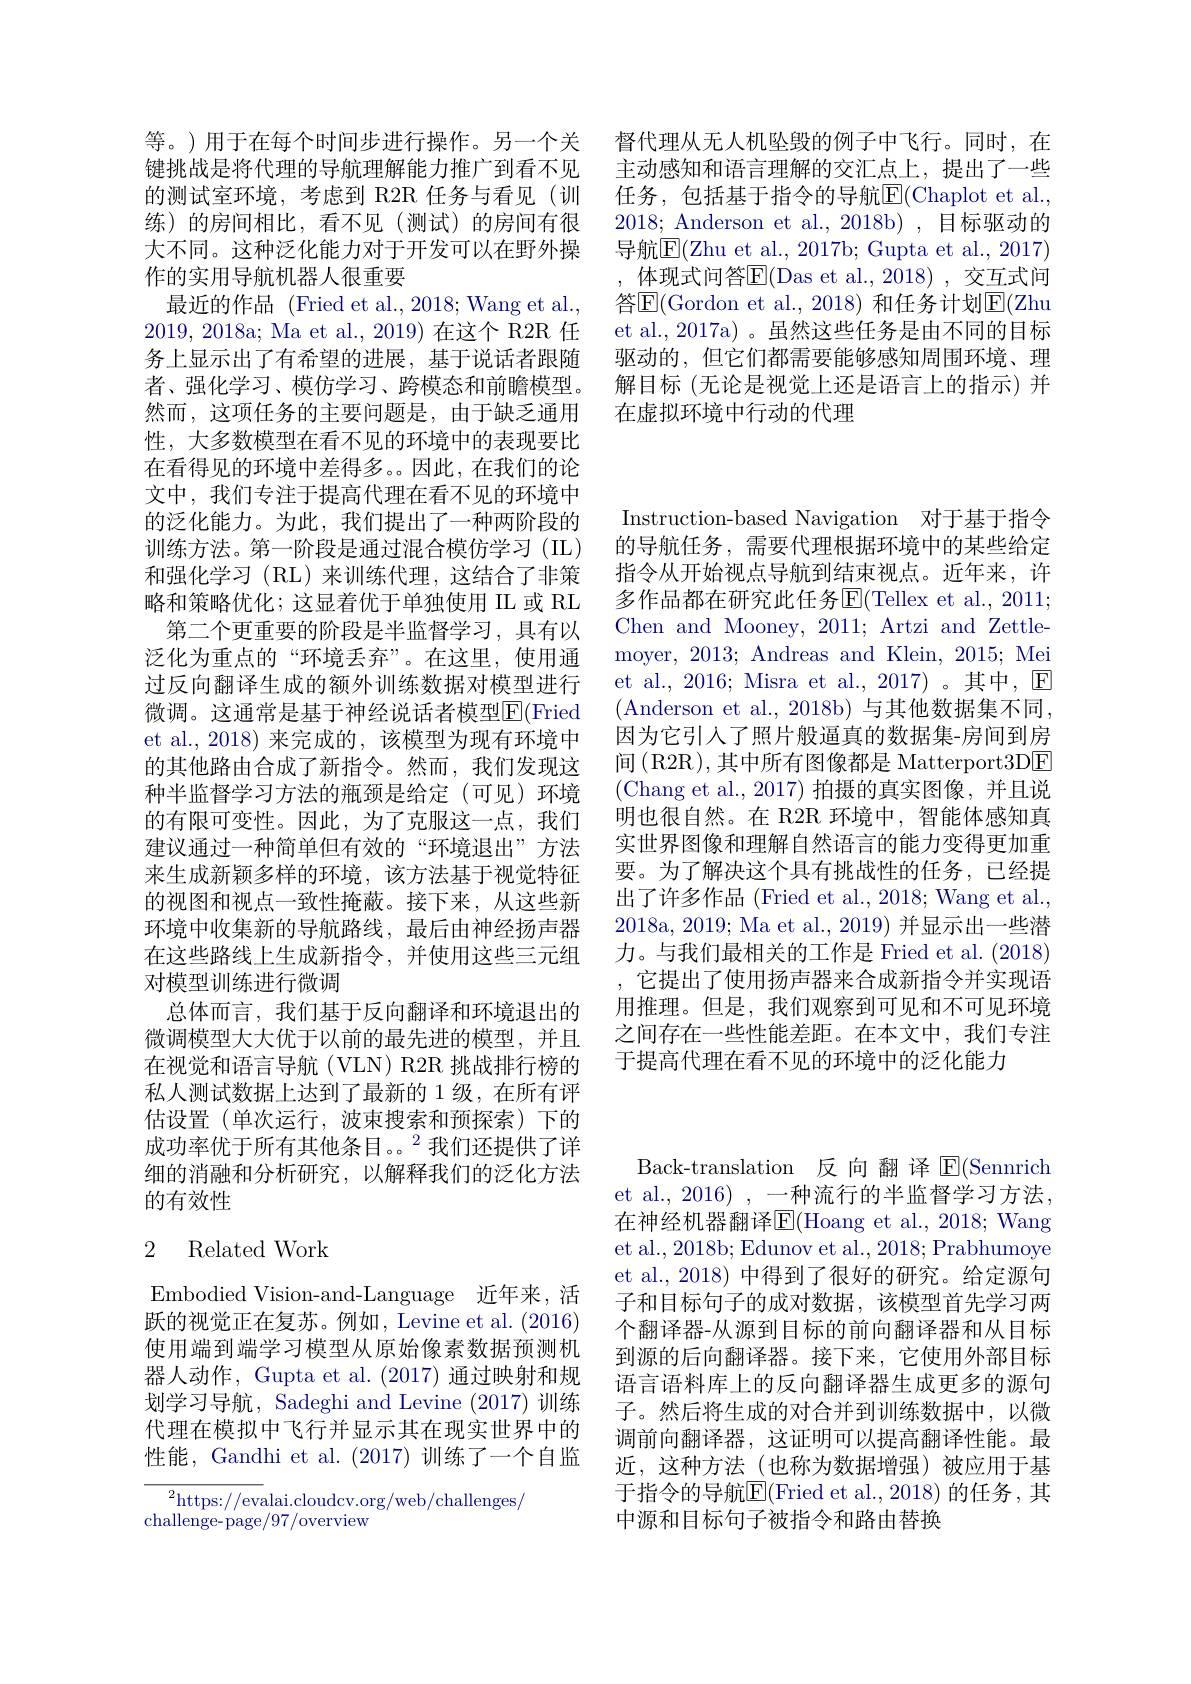
督代理从无人机坠毁的例子中飞行。同时，在主动感知和语言理解的交汇点上，提出了一些任务，包括基于指令的导航$\overline{\mathrm{E}}($Chaplot et al., 2018; Anderson et al., 2018b) , 目标驱动的导航$\overline{\mathrm{E}}($Zhu et al., 2017b; Gupta et al., 2017)
体现式问答$\overline{\mathrm{E}}($Das et al.,2018),交互式间答$\overline{\mathrm{E}}($Gordon et al., 2018) 和任务计划$\overline{\mathrm{E}}($Zhu et al., 2017a) 。虽然这些任务是由不同的目标驱动的，但它们都需要能够感知周围环境、理解目标(无论是视觉上还是语言上的指示)并在虚拟环境中行动的代理

等。)用于在每个时间步进行操作。另一个关键挑战是将代理的导航理解能力推广到看不见的测试室环境，考虑到 R2R 任务与看见 (训练)的房间相比，看不见(测试)的房间有很大不同。这种泛化能力对于开发可以在野外操作的实用导航机器人很重要
最近的作品 (Fried et al., 2018; Wang et al., 2019, 2018a; Ma et al., 2019) 在这个 R2R 任务上显示出了有希望的进展，基于说话者跟随者、强化学习、模仿学习、跨模态和前瞻模型。然而，这项任务的主要问题是，由于缺乏通用性，大多数模型在看不见的环境中的表现要比在看得见的环境中差得多。。因此，在我们的论文中，我们专注于提高代理在看不见的环境中的泛化能力。为此，我们提出了一种两阶段的训练方法。第一阶段是通过混合模仿学习(IL) 和强化学习(RL)来训练代理，这结合了非策略和策略优化；这显着优于单独使用 IL 或 RL
第二个更重要的阶段是半监督学习，具有以泛化为重点的“环境丢弃”。在这里，使用通过反向翻译生成的额外训练数据对模型进行微调。这通常是基于神经说话者模型$\overline{\mathrm{E}}($Fried et al., 2018) 来完成的，该模型为现有环境中的其他路由合成了新指令。然而，我们发现这种半监督学习方法的瓶颈是给定(可见)环境的有限可变性。因此，为了克服这一点，我们建议通过一种简单但有效的“环境退出”方法来生成新颖多样的环境，该方法基于视觉特征的视图和视点一致性掩蔽。接下来，从这些新环境中收集新的导航路线，最后由神经扬声器在这些路线上生成新指令，并使用这些三元组对模型训练进行微调
总体而言，我们基于反向翻译和环境退出的微调模型大大优于以前的最先进的模型，并且在视觉和语言导航(VLN) R2R 挑战排行榜的私人测试数据上达到了最新的 1 级，在所有评估设置(单次运行，波束搜索和预探索)下的成功率优于所有其他条目。。$^{2}$我们还提供了详细的消融和分析研究，以解释我们的泛化方法的有效性

### 2 Related Work

Embodied Vision-and-Language 近年来，活跃的视觉正在复苏。例如，Levine et al. (2016) 使用端到端学习模型从原始像素数据预测机器人动作，Gupta et al. (2017) 通过映射和规划学习导航，Sadeghi and Levine (2017)训练代理在模拟中飞行并显示其在现实世界中的性能，Gandhi et al. (2017)训练了一个自监

${}_{\mathrm{u}}^{2}$https://evalai.cloudcv.org/web/challenges/
challenge-page/97/overview

Instruction-based Navigation 对于基于指令的导航任务，需要代理根据环境中的某些给定指令从开始视点导航到结束视点。近年来，许多作品都在研究此任务E(Tellex et al., 2011; Chen and Mooney, 2011; Artzi and Zettlemoyer, 2013; Andreas and Klein, 2015; Mei et al., 2016; Misra et al., 2017) 。其中，$\mathbb{E}$ (Anderson et al., 2018b) 与其他数据集不同， 因为它引入了照片般逼真的数据集-房间到房间 (R2R), 其中所有图像都是 Matterport3DE (Chang et al., 2017) 拍摄的真实图像，并且说明也很自然。在 R2R 环境中，智能体感知真实世界图像和理解自然语言的能力变得更加重要。为了解决这个具有挑战性的任务，已经提出了许多作品 (Fried et al., 2018; Wang et al., 2018a, 2019; Ma et al., 2019) 并显示出一些潜力。与我们最相关的工作是 Fried et al. (2018) ,它提出了使用扬声器来合成新指令并实现语用推理。但是，我们观察到可见和不可见环境之间存在一些性能差距。在本文中，我们专注于提高代理在看不见的环境中的泛化能力

Back-translation 反向翻译$\operatorname{E}($Sennrich et al., 2016) , 一种流行的半监督学习方法， 在神经机器翻译E(Hoang et al., 2018; Wang et al., 2018b; Edunov et al., 2018; Prabhumoye et al., 2018) 中得到了很好的研究。给定源句子和目标句子的成对数据，该模型首先学习两个翻译器-从源到目标的前向翻译器和从目标到源的后向翻译器。接下来，它使用外部目标语言语料库上的反向翻译器生成更多的源句子。然后将生成的对合并到训练数据中，以微调前向翻译器，这证明可以提高翻译性能。最近，这种方法(也称为数据增强)被应用于基于指令的导航E(Fried et al.,2018) 的任务，其中源和目标句子被指令和路由替换